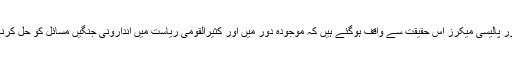
وجہ یہ ہوسکتی ہے یورپ کے تھنک ٹینک اور پالیسی میکرز اس حقیقت سے واقف ہوگئے ہیں کہ موجودہ دور میں اور کثیرالقومی ریاست میں اندارونی جنگیں مسائل کو حل کرنے کے بجائے مسائل کو مزید الجھا دیتے ہیں۔